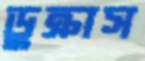
ডুক্‌রাস